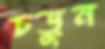
চড়ুন